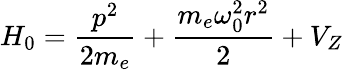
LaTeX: H_{0}=\frac{p^{2}}{2m_{e}}+\frac{m_{e}\omega_{0}^{2}r^{2}}{2}+V_{Z}